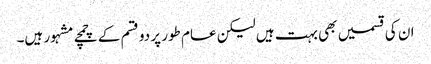
ان کی قسمیں بھی بہت ہیں لیکن عام طور پر دو قسم کے چمچے مشہور ہیں۔